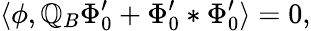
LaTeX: \langle\phi,\mathbb{Q}_{B}\Phi_{0}^{\prime}+\Phi_{0}^{\prime}*\Phi_{0}^{\prime}\rangle=0,